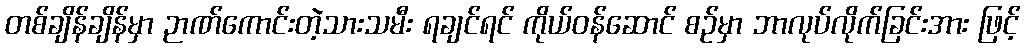
တစ်ချိန်ချိန်မှာ ဉာဏ်ကောင်းတဲ့သားသမီး ရချင်ရင် ကိုယ်ဝန်ဆောင် စဉ်မှာ ဘာလုပ်လိုက်ခြင်းအား ဖြင့်